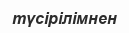
түсірілімнен